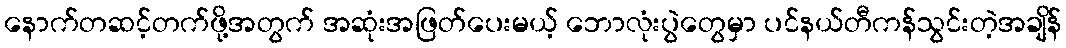
နောက်တဆင့်တက်ဖို့အတွက် အဆုံးအဖြတ်ပေးမယ့် ဘောလုံးပွဲတွေမှာ ပင်နယ်တီကန်သွင်းတဲ့အချိန်